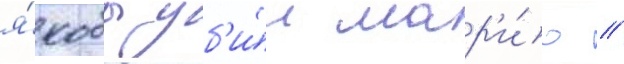
я́кобы уб'и́л мар'и́ю //